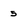
Character: 5